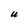
Character: U